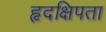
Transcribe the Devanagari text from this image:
हृदक्षिपता